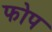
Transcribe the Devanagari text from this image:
फोप